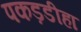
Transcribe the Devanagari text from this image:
पकड़डीहा